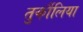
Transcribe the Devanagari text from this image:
तुर्कौलिया